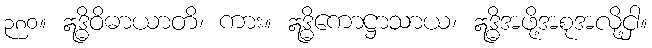
၃၈၀။ ဣဒ္ဓိဝိဓာယာတိ၊ ကား။ ဣဒ္ဓိကောဋ္ဌာသာယ၊ ဣဒ္ဓိအဖို့အစုအလို့ငှါ။